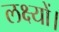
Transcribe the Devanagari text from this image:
लक्ष्यों।